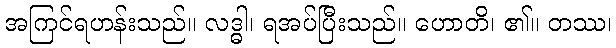
အကြင်ရဟန်းသည်။ လဒ္ဓါ၊ ရအပ်ပြီးသည်။ ဟောတိ၊ ၏။ တဿ၊